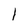
Character: 1